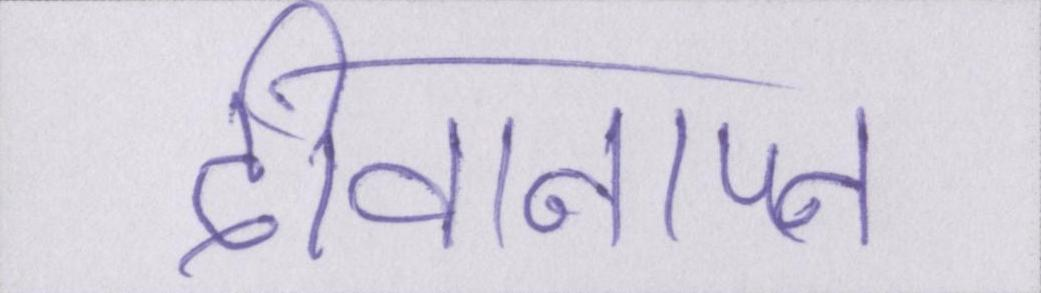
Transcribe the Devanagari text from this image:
दीवानापन